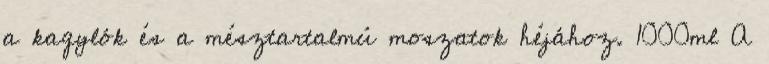
a kagylók és a mésztartalmú moszatok héjához. 1000ml A